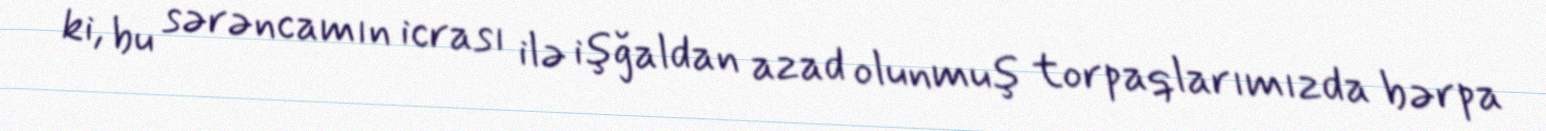
ki, bu sərəncamın icrası ilə işğaldan azad olunmuş torpaqlarımızda bərpa